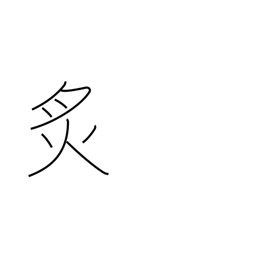
Meaning: cauterize